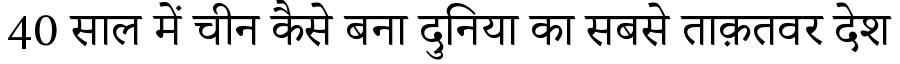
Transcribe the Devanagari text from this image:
40 साल में चीन कैसे बना दुनिया का सबसे ताक़तवर देश